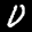
Label: 0